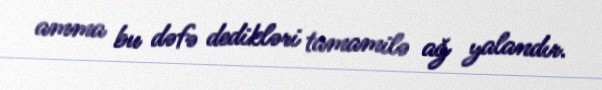
amma bu dəfə dedikləri tamamilə ağ yalandır.